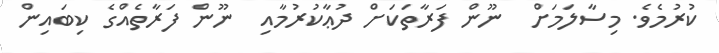
ކުރުމެވެ. މިސާލަމަށް  ނޫން ފަރާތަކަށް ދުޢާކުރުމާއި  ނޫން ފަރާތެއްގެ ކިބައިން